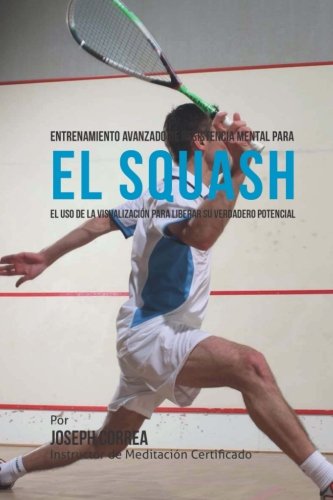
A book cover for Entrenamiento Avanzado de Resistencia Mental para el Squash: El uso de la visualizacion para liberar su verdadero potencial (Spanish Edition); Joseph Correa (Instructor de Meditacion Certificado); Sports & Outdoors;